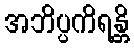
အဘိပ္ပကိရန္တိ